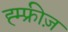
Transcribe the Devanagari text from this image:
ह्म्फ्रीज़